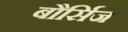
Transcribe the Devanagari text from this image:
बौर्सिज